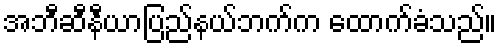
အဘီဆီနီယာပြည်နယ်ဘက်က ထောက်ခံသည်။